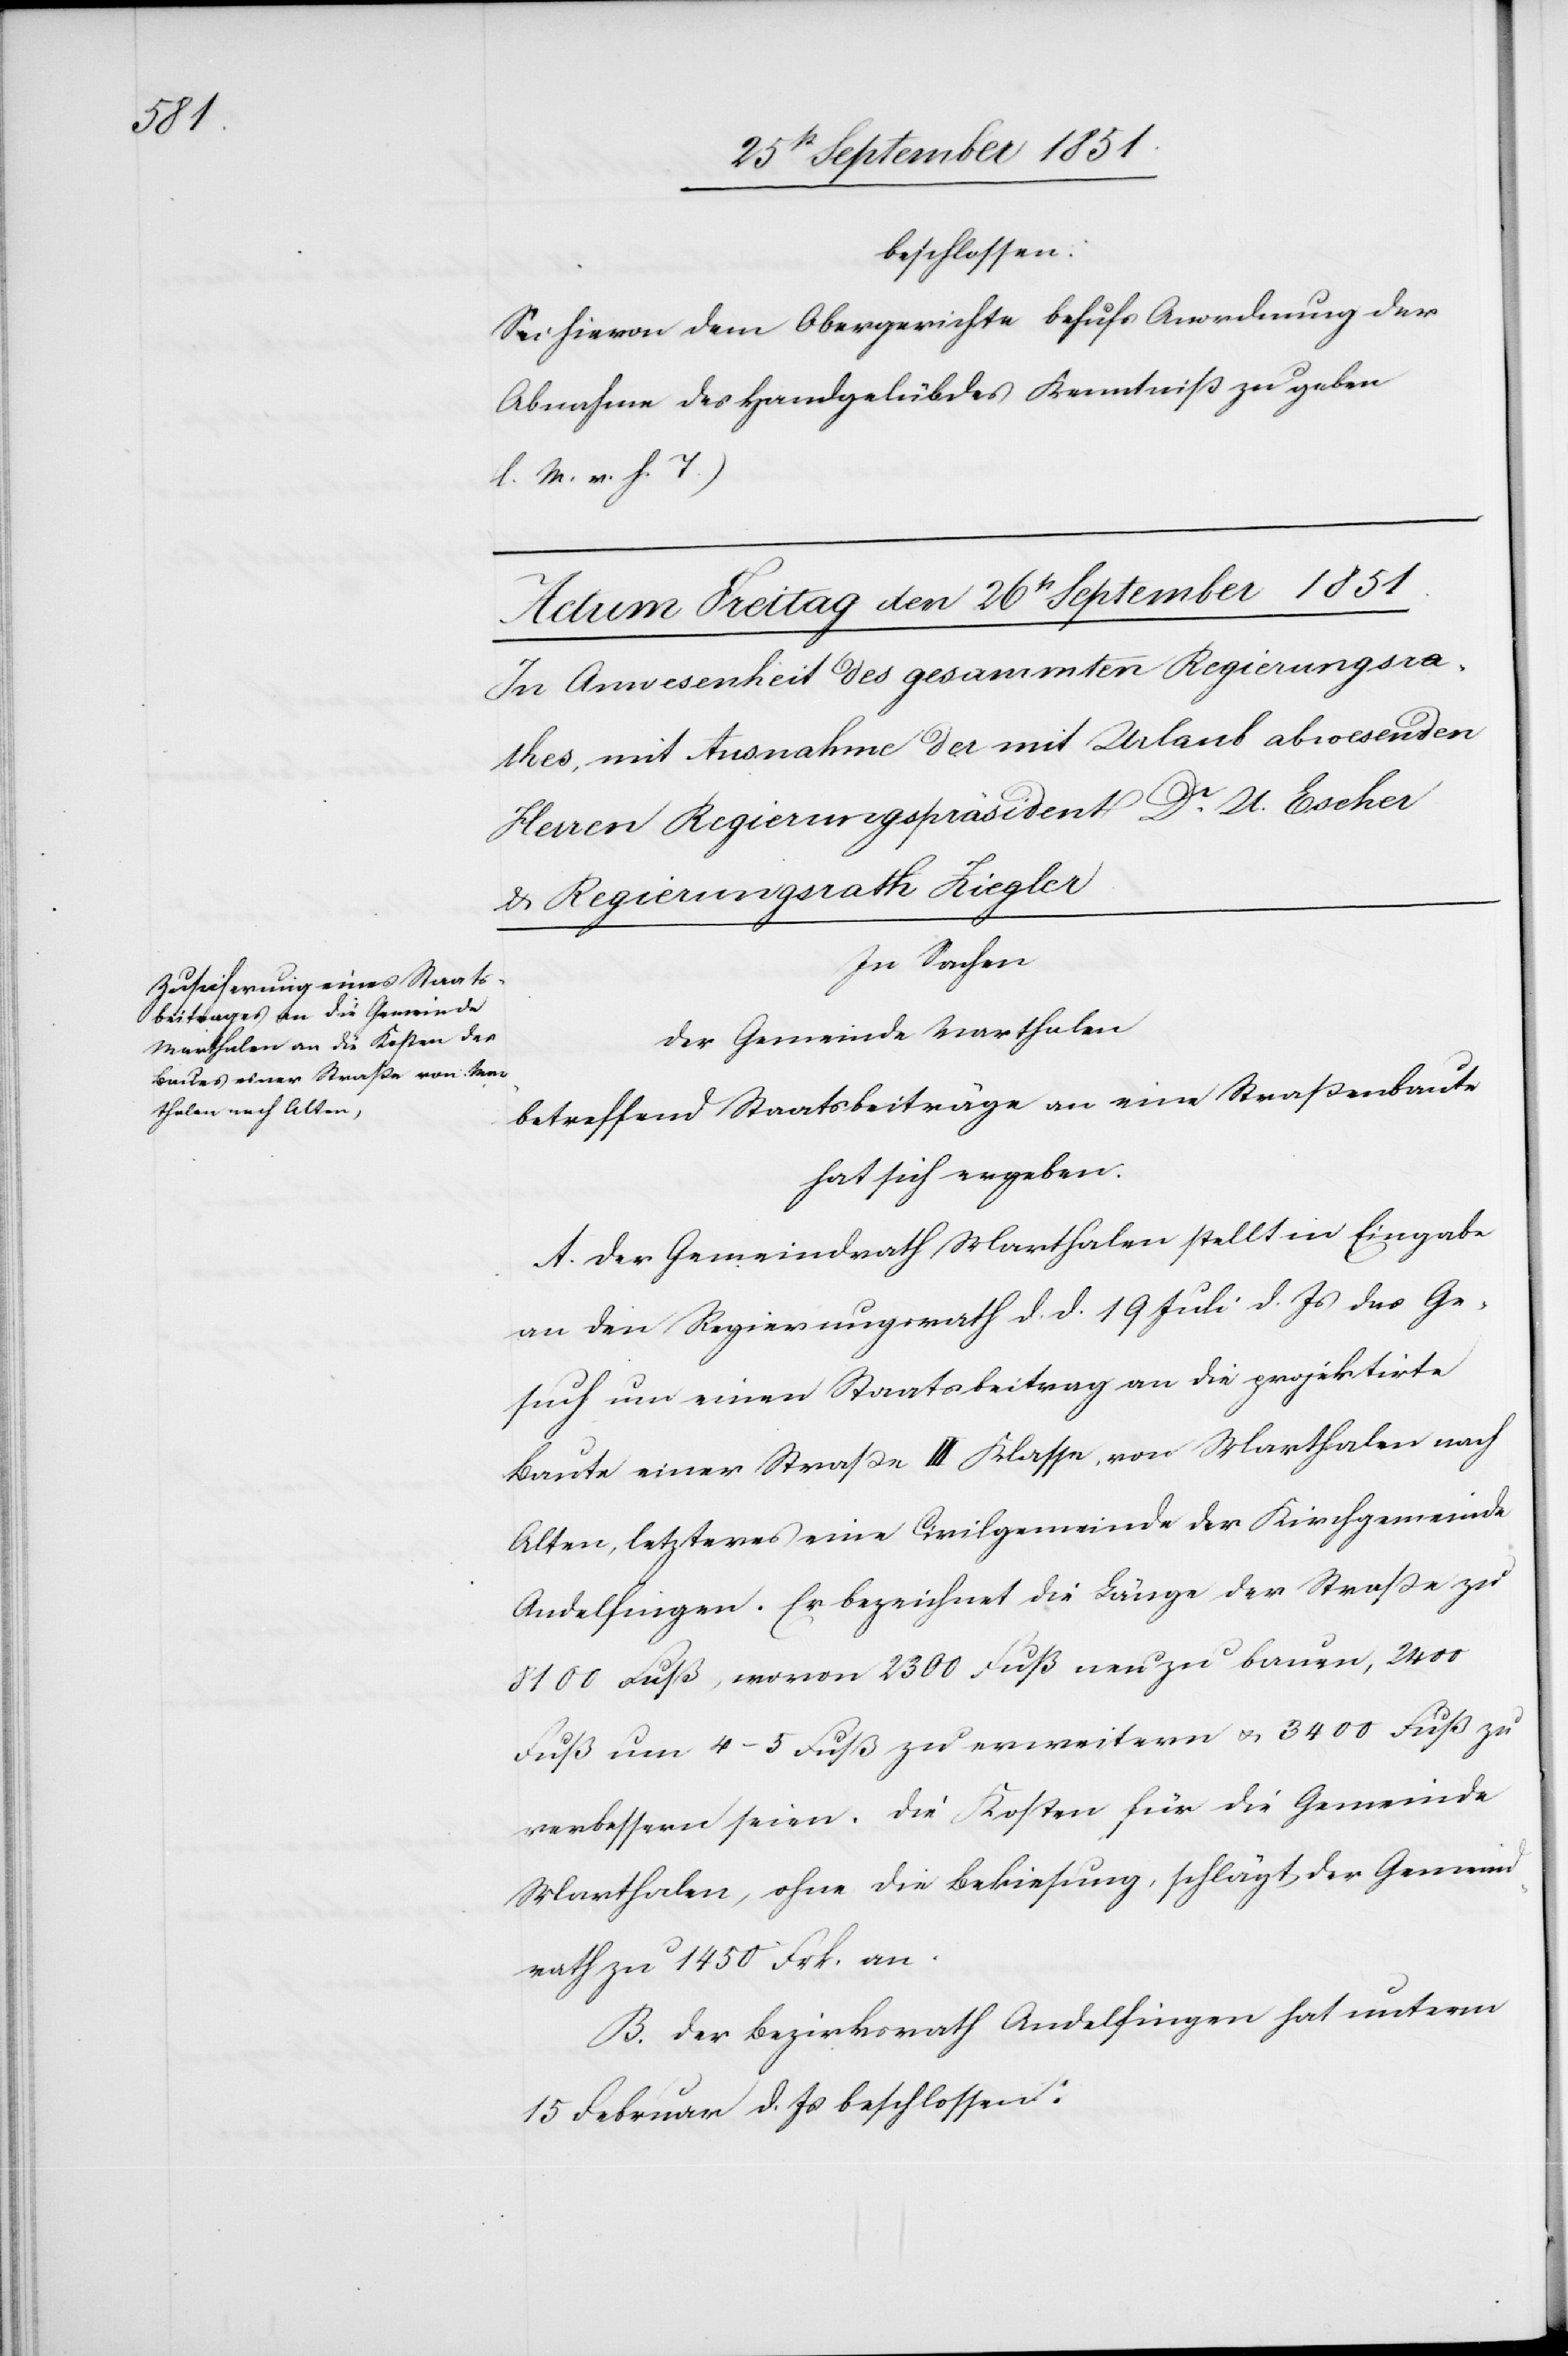
beschlossen:
Sei hievon dem Obergerichte behufs Anordnung der
Abnahme des Handgelübdes Kenntniß zu geben
(l. M. v. h. T.)
In Sachen
der Gemeinde Marthalen
betreffend Staatsbeiträge an eine Straßenbaute
hat sich ergeben:
A. Der Gemeindrath Marthalen stellt in Eingabe
an den Regierungsrath d. d. 19 Juli d. Js das Ge¬
such um einen Staatsbeitrag an die projektirte
Baute einer Straße III Klasse, von Marthalen nach
Alten, letzteres eine Civilgemeinde der Kirchgemeinde
Andelfingen. Er bezeichnet die Länge der Straße zu
8100 Fuß, wovon 2300 Fuß neu zu bauen, 2400
Fuß um 4–5 Fuß zu erweitern & 3400 Fuß zu
verbessern seien. Die Kosten für die Gemeinde
Marthalen, ohne die Bekiesung, schlägt der Gemeind¬
rath zu 1450 Frk. an.
B. Der Bezirksrath Andelfingen hat unterm
15 Februar d. Js beschlossen: